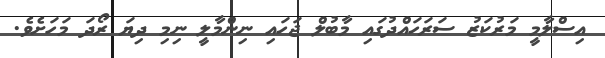
އިސްލާމީ މަރުކަޒު ސަރަހައްދުގައި މާބުލް ޖަހައި ނިންމާލީ ނިމި ދިޔަ ރޯދަ މަހަށެވެ.